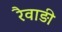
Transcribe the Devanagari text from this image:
रैवाड़ी